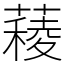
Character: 薐